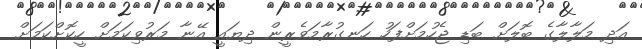
އަދި މަލާލާގެ ބޮލަށް ބަޑި ޖެހުމަށްފަހު ހަނގުރާމަވެރީން ދިޔައީ އޭނާ މަރުވިކަމަށް ހީކޮށްކަމަށް